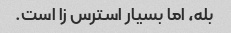
بله، اما بسیار استرس زا است.